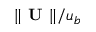
\Vert \textbf { U } \Vert / u _ { b }